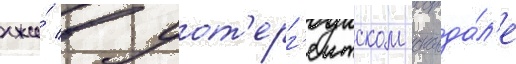
лжи́ в уот'ерг'еитском сканда́л'е